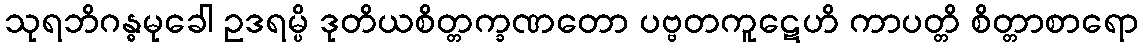
သုရဘိဂန္ဓမုခေါ ဥဒရမ္ပိ ဒုတိယစိတ္တက္ခဏတော ပဗ္ဗတကူဋေဟိ ကာပတ္တိ စိတ္တာစာရော